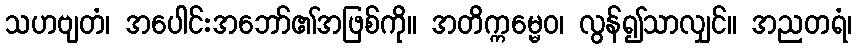
သဟဗျတံ၊ အပေါင်းအဘော်၏အဖြစ်ကို။ အတိက္ကမ္မေဝ၊ လွန်၍သာလျှင်။ အညတရံ၊